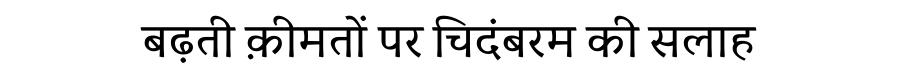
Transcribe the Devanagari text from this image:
बढ़ती क़ीमतों पर चिदंबरम की सलाह